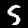
Digit: 5